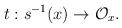
LaTeX: \begin{align*}t: s^{-1}(x)\rightarrow \mathcal{O}_x.\end{align*}